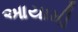
આયામી